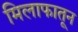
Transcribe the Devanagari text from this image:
मिलाफातून